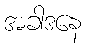
အခါဒနေ